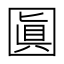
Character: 𡈓